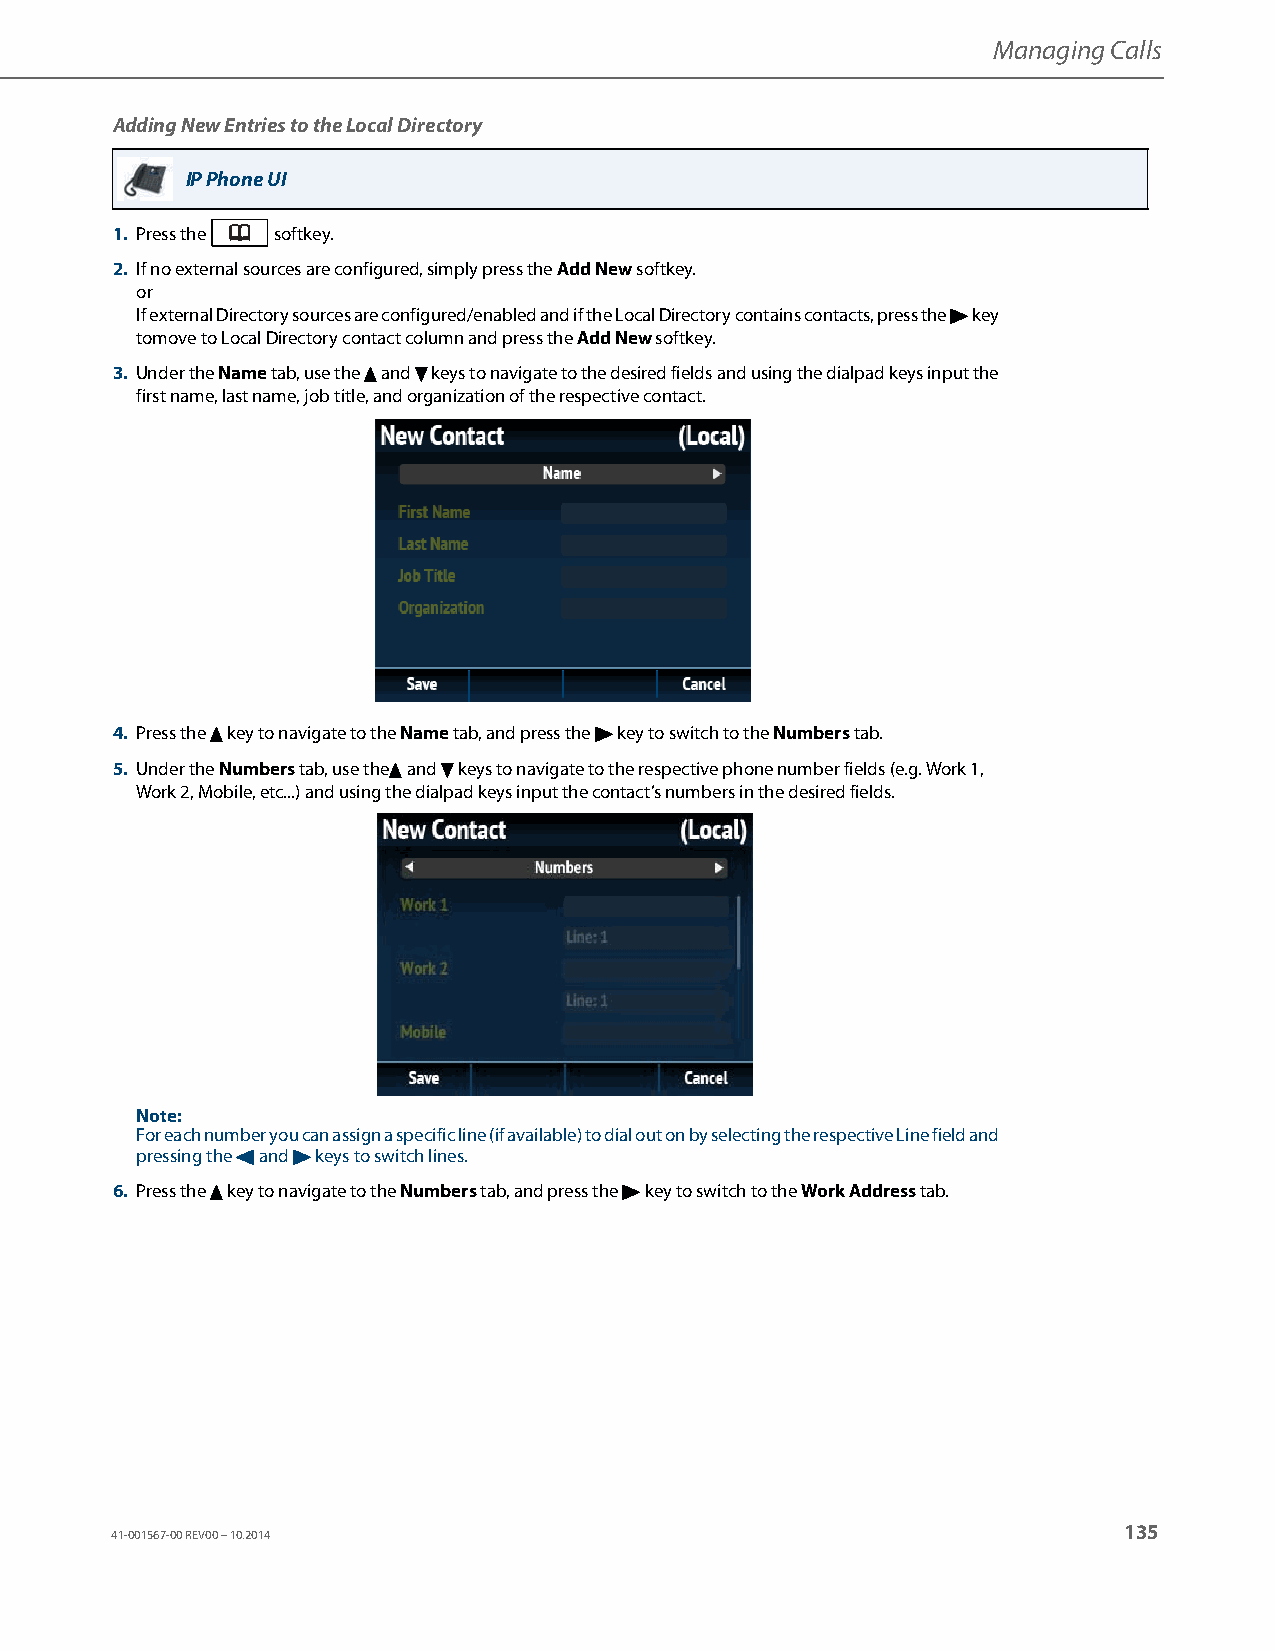
Managing Calls
 Adding New Entries to the Local Directory
 IP Phone UI
 1. Press the softkey.
 2. If no external sources are configured, simply press the Add New softkey.
 or
 If external Directory sources are configured/enabled and if the Local Directory contains contacts, press the 4 key
 tomove to Local Directory contact column and press the Add New softkey.
 3. Under the Name tab, use the 5 and 2 keys to navigate to the desired fields and using the dialpad keys input the
 first name, last name, job title, and organization of the respective contact.
 4. Press the 5 key to navigate to the Name tab, and press the 4 key to switch to the Numbers tab.
 5. Under the Numbers tab, use the5 and 2 keys to navigate to the respective phone number fields (e.g. Work 1,
 Work 2, Mobile, etc...) and using the dialpad keys input the contact’s numbers in the desired fields.
 Note:
 For each number you can assign a specific line (if available) to dial out on by selecting the respective Line field and
 pressing the 3 and 4 keys to switch lines.
 6. Press the 5 key to navigate to the Numbers tab, and press the 4 key to switch to the Work Address tab.
 135
 41-001567-00 REV00 – 10.2014